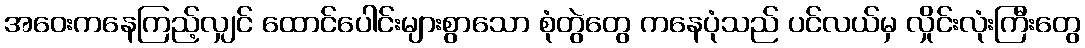
အဝေးကနေကြည့်လျှင် ထောင်ပေါင်းများစွာသော စုံတွဲတွေ ကနေပုံသည် ပင်လယ်မှ လှိုင်းလုံးကြီးတွေ